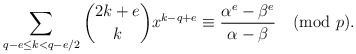
LaTeX: \begin{align*}\sum_{q-e\le k<q-e/2}\binom{2k+e}{k}x^{k-q+e}\equiv\frac{\alpha^e-\beta^e}{\alpha-\beta}\pmod{p}.\end{align*}